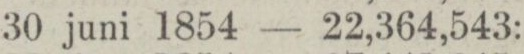
„ 30 juni 1854 — 22,364,543: —